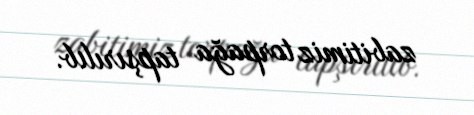
zabitimiz torpağa tapşırılıb.